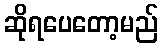
ဆိုရပေတော့မည်